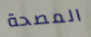
المصحة